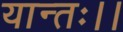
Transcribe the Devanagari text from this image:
यान्तः।।